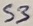
Text: S3